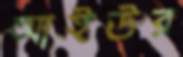
আইউর